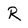
Character: R